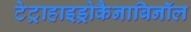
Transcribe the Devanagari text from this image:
टेट्राहाइड्रोकैनाबिनॉल